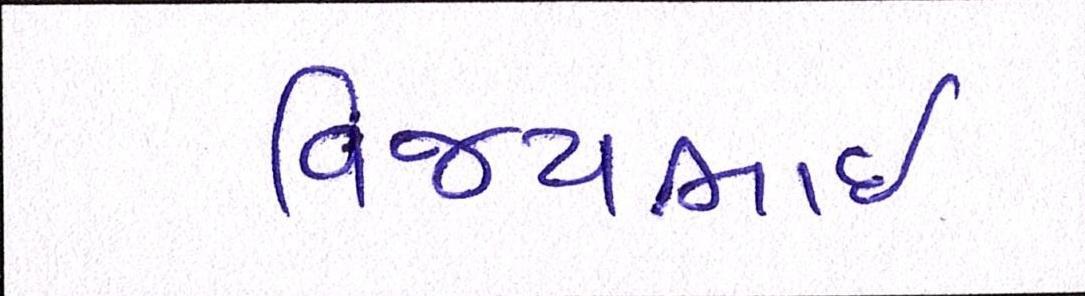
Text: વિજયભાઈ